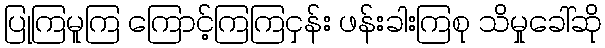
ပြုကြမူကြ ကြောင့်ကြကြငှန်း ဖန်းခါးကြစု သိမှုခေါ်ဆို